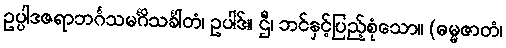
ဥပ္ပါဒဇရာဘင်္ဂသမင်္ဂိသင်္ခါတံ၊ ဥပါဒ်။ ဌီ၊ ဘင်နှင့်ပြည့်စုံသော။ (ဓမ္မဇာတံ၊